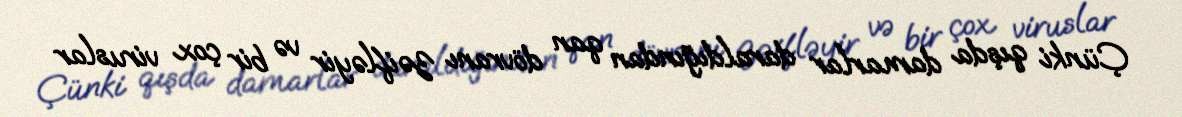
Çünki qışda damarlar daraldığından qan dövranı zəifləyir və bir çox viruslar